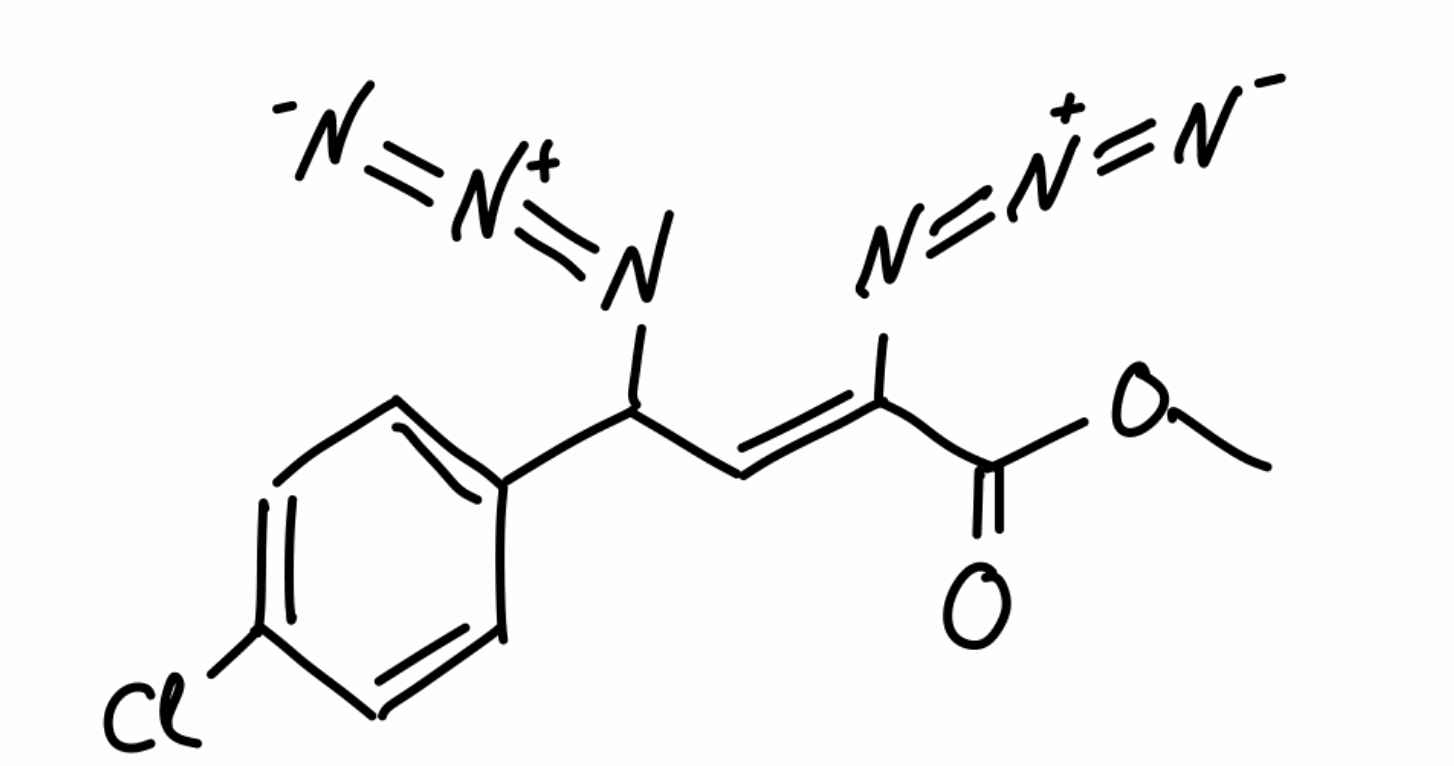
Simplified molecular-input line-entry system (SMILES) notation of the given molecule:
COC(=O)/C(=C/C(C1=CC=C(C=C1)Cl)N=[N+]=[N-])/N=[N+]=[N-]